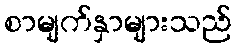
စာမျက်နှာများသည်